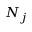
N _ { j }